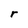
Character: r